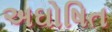
અઘોષિત